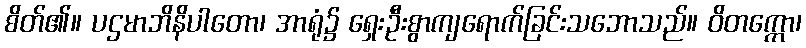
စိတ်၏။ ပဌမာဘိနိပါတော၊ အာရုံ၌ ရှေးဦးစွာကျရောက်ခြင်းသဘောသည်။ ဝိတက္ကော၊